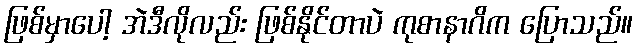
ဖြစ်မှာပေါ့ အဲဒီလိုလည်း ဖြစ်နိုင်တာပဲ ကုစာနာဂိက ပြောသည်။